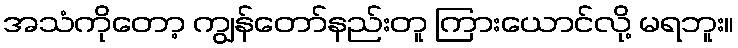
အသံကိုတော့ ကျွန်တော်နည်းတူ ကြားယောင်လို့ မရဘူး။